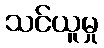
သင်ယူမှု